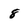
Character: 8